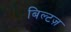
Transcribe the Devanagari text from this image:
बिल्टज़